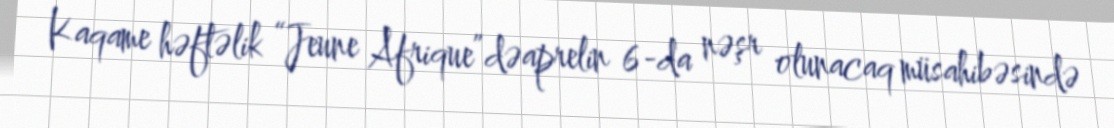
Kaqame həftəlik “Jeune Afrique”dəaprelin 6-da nəşr olunacaq müsahibəsində